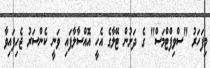
މިފަހަރު "ސްވިފްޓްމަސް" ގެ ދަށުން ޓޭލާގެ އެހީ އޮއްސާލާފައި ވަނީ ކެންސަރު ޖެހިފައިވާ